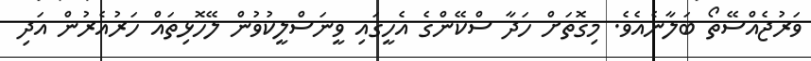
ވަރުޖެއްސޭތޯ ބަލާނެއެވެ. މިގޮތަށް ހަދާ ސްކޭންގެ އެހީގައި ވީނަސްލީކުވުން ލޭހޮޅިތައް ހަރުއެރުން އަދި